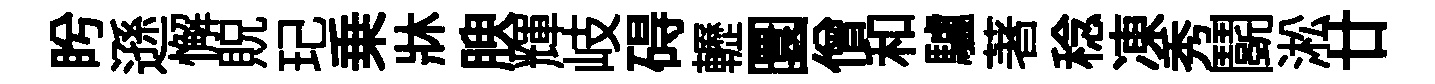
盻遜懈貺玘乗牀腴輝岐碍轣圜僧和驢著稔凍秀鬬淞廿